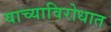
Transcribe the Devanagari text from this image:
याच्याविरोधात